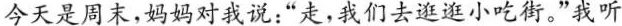
今天是周末，妈妈对我说：”走，我们去逛逛小吃街。”我听